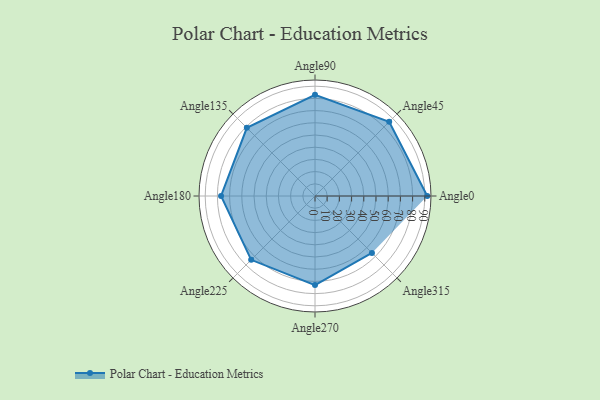
{"axis": {"x": "Angle", "y": "Radius"}, "legend": [""], "data": [{"x": "Angle0", "y": 92.0, "type": ""}, {"x": "Angle45", "y": 86.0, "type": ""}, {"x": "Angle90", "y": 83.0, "type": ""}, {"x": "Angle135", "y": 79.0, "type": ""}, {"x": "Angle180", "y": 77.0, "type": ""}, {"x": "Angle225", "y": 74.0, "type": ""}, {"x": "Angle270", "y": 73.0, "type": ""}, {"x": "Angle315", "y": 66.0, "type": ""}]}